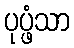
ပုပ္ဖံသာ